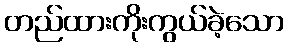
တည်ထားကိုးကွယ်ခဲ့သော